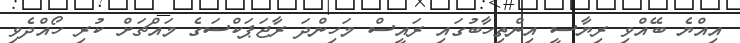
އިއްޔެ ބޭއްވި ރިޔާސީ އިންތިހާބުގައި ރައީސް މަހިންދަ ރާޖަޕަކްސަގެ މައްޗަށް ކުރި ހޯއްދެވި